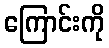
ကြောင်းကို